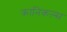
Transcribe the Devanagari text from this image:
क्रानिकल्स